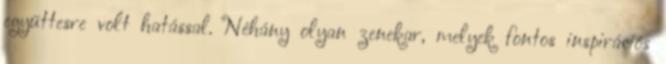
együttesre volt hatással. Néhány olyan zenekar, melyek fontos inspirációs